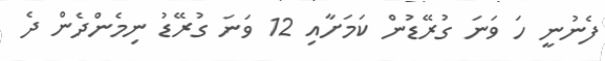
ފެނުނީ ހަ ވަނަ ގުރޭޑުން ކަމަށާއި 12 ވަނަ ގުރޭޑު ނިމެންދެން ދެ